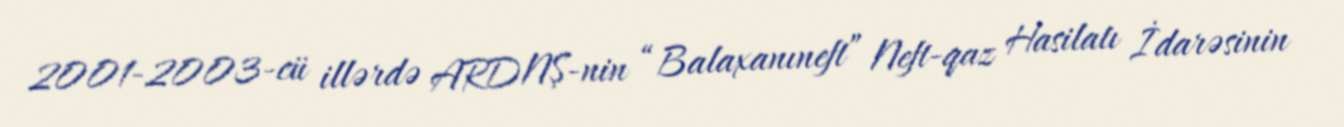
2001-2003-cü illərdə ARDNŞ-nin “Balaxanıneft” Neft-qaz Hasilatı İdarəsinin